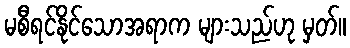
မစီရင်နိုင်သောအရာက များသည်ဟု မှတ်။